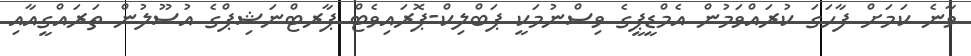
ވާނެ ކަމަށް ފާހަގަ ކުރައްވަމުން އެމްޑީޕީގެ ވިސްނުމަކީ ޕަބްލިކް-ޕޮރައިވެޓް ޕާރޓްނަޝިޕްގެ އުސޫލުން ތަރައްގީއާއި